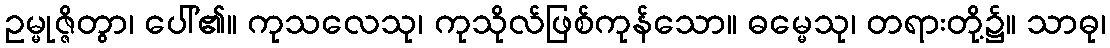
ဥမ္မုဇ္ဇိတွာ၊ ပေါ်၏။ ကုသလေသု၊ ကုသိုလ်ဖြစ်ကုန်သော။ ဓမ္မေသု၊ တရားတို့၌။ သာဓု၊